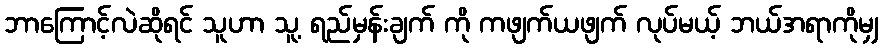
ဘာကြောင့်လဲဆိုရင် သူဟာ သူ့ ရည်မှန်းချက် ကို ကဖျက်ယဖျက် လုပ်မယ့် ဘယ်အရာကိုမျှ